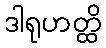
ဒါရုဟတ္ထိ